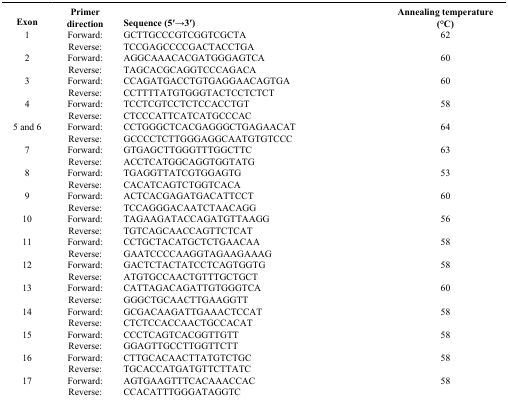
<table><thead><tr><td><b>Exon</b></td><td><b>Primer direction</b></td><td><b>Sequence (5′→3′)</b></td><td><b>Annealing temperature (°C)</b></td></tr></thead><tbody><tr><td>1</td><td>Forward:</td><td>GCTTGCCCGTCGGTCGCTA</td><td>62</td></tr><tr><td> </td><td>Reverse:</td><td>TCCGAGCCCCGACTACCTGA</td><td> </td></tr><tr><td>2</td><td>Forward:</td><td>AGGCAAACACGATGGGAGTCA</td><td>60</td></tr><tr><td> </td><td>Reverse:</td><td>TAGCACGCAGGTCCCAGACA</td><td> </td></tr><tr><td>3</td><td>Forward:</td><td>CCAGATGACCTGTGAGGAACAGTGA</td><td>60</td></tr><tr><td> </td><td>Reverse:</td><td>CCTTTTATGTGGGTACTCCTCTCT</td><td> </td></tr><tr><td>4</td><td>Forward:</td><td>TCCTCGTCCTCTCCACCTGT</td><td>58</td></tr><tr><td> </td><td>Reverse:</td><td>CTCCCATTCATCATGCCCAC</td><td> </td></tr><tr><td>5 and 6</td><td>Forward:</td><td>CCTGGGCTCACGAGGGCTGAGAACAT</td><td>64</td></tr><tr><td> </td><td>Reverse:</td><td>GCCCCTCTTGGGAGGCAATGTGTCCC</td><td> </td></tr><tr><td>7</td><td>Forward:</td><td>GTGAGCTTGGGTTTGGCTTC</td><td>63</td></tr><tr><td> </td><td>Reverse:</td><td>ACCTCATGGCAGGTGGTATG</td><td> </td></tr><tr><td>8</td><td>Forward:</td><td>TGAGGTTATCGTGGAGTG</td><td>53</td></tr><tr><td> </td><td>Reverse:</td><td>CACATCAGTCTGGTCACA</td><td> </td></tr><tr><td>9</td><td>Forward:</td><td>ACTCACGAGATGACATTCCT</td><td>60</td></tr><tr><td> </td><td>Reverse:</td><td>TCCAGGGACAATCTAACAGG</td><td> </td></tr><tr><td>10</td><td>Forward:</td><td>TAGAAGATACCAGATGTTAAGG</td><td>56</td></tr><tr><td> </td><td>Reverse:</td><td>TGTCAGCAACCAGTTCTCAT</td><td> </td></tr><tr><td>11</td><td>Forward:</td><td>CCTGCTACATGCTCTGAACAA</td><td>58</td></tr><tr><td> </td><td>Reverse:</td><td>GAATCCCCAAGGTAGAAGAAAG</td><td> </td></tr><tr><td>12</td><td>Forward:</td><td>GACTCTACTATCCTCAGTGGTG</td><td>58</td></tr><tr><td> </td><td>Reverse:</td><td>ATGTGCCAACTGTTTGCTGCT</td><td> </td></tr><tr><td>13</td><td>Forward:</td><td>CATTAGACAGATTGTGGGTCA</td><td>60</td></tr><tr><td> </td><td>Reverse:</td><td>GGGCTGCAACTTGAAGGTT</td><td> </td></tr><tr><td>14</td><td>Forward:</td><td>GCGACAAGATTGAAACTCCAT</td><td>58</td></tr><tr><td> </td><td>Reverse:</td><td>CTCTCCACCAACTGCCACAT</td><td> </td></tr><tr><td>15</td><td>Forward:</td><td>CCCTCAGTCACGGTTGTT</td><td>58</td></tr><tr><td> </td><td>Reverse:</td><td>GGAGTTGCCTTGGTTCTT</td><td> </td></tr><tr><td>16</td><td>Forward:</td><td>CTTGCACAACTTATGTCTGC</td><td>58</td></tr><tr><td> </td><td>Reverse:</td><td>TGCACCATGATGTTCTTATC</td><td> </td></tr><tr><td>17</td><td>Forward:</td><td>AGTGAAGTTTCACAAACCAC</td><td>58</td></tr><tr><td> </td><td>Reverse:</td><td>CCACATTTGGGATAGGTC</td><td> </td></tr></tbody></table>